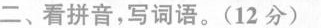
二、看拼音，写词语。(12分)